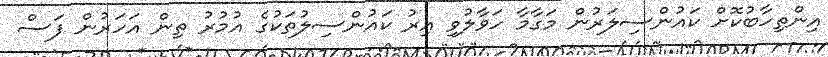
އިންތިހާބުކޮށް ކައުންސިލަރުން މަގާމާ ހަވާލުވި އިރު ކައުންސިލުތަކުގެ އުމުރު ތިން އަހަރުން ފަސް